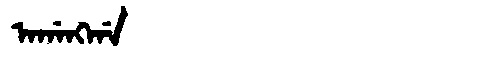
Manchu: ᠠᡤᠠᠩᡤᠠ
Romanization: AGANGGA